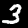
Label: 3